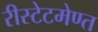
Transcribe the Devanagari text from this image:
रीस्टेटमेण्त